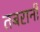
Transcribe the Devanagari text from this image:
तबरानी